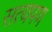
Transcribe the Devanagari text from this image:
सत्यपण